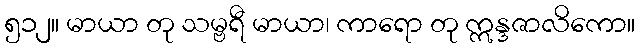
၅၁၂။ မာယာ တု သမ္ဗရီ မာယာ၊ ကာရော တု ဣန္ဒဇာလိကော။